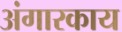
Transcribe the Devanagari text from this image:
अंगारकाय